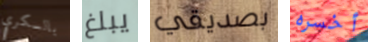
بالسكري يبلغ بصديقي أخسره